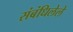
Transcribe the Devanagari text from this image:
संबंधिलेले